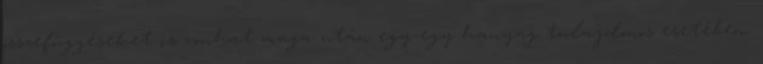
összefüggéseket is vonhat maga után egy-egy hanyag tulajdonos esetében.